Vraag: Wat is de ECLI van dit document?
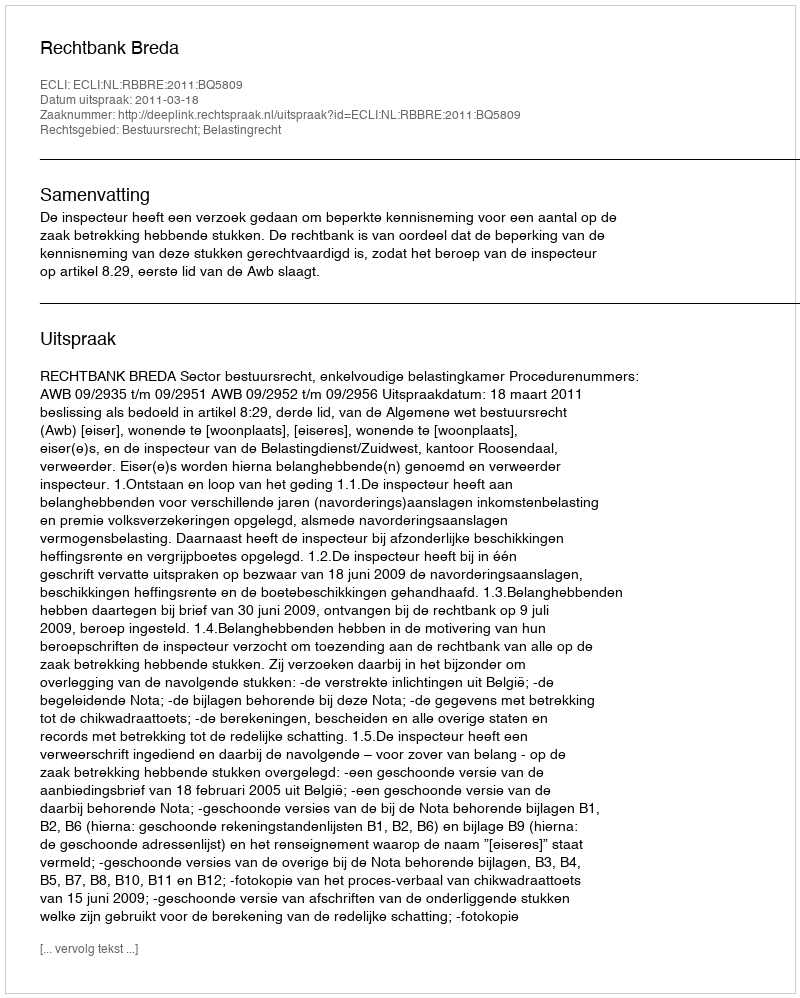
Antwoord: ECLI:NL:RBBRE:2011:BQ5809